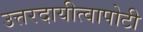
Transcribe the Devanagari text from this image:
उत्तरदायीत्वापोटी